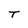
Character: T